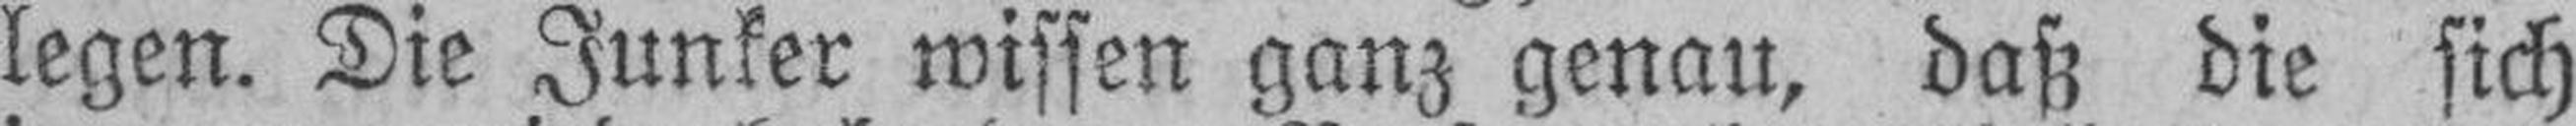
legen. Die Junker wissen ganz genau, daß die sich